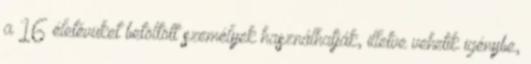
a 16 életévüket betöltött személyek használhatják, illetve vehetik igénybe,